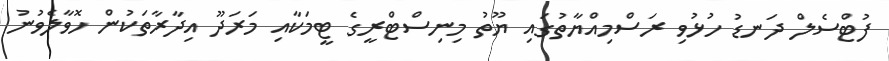
ފުޓްސެލް ދަނޑު ހުޅުވި ރަސްމިއްޔާތުގައި ޔޫތު މިނިސްޓްރީގެ ޓީމަކާއި މަރަދޫ އިދާރާތަކުން ހޮވާލެވުނު